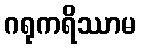
ဂရုကရိဿာမ